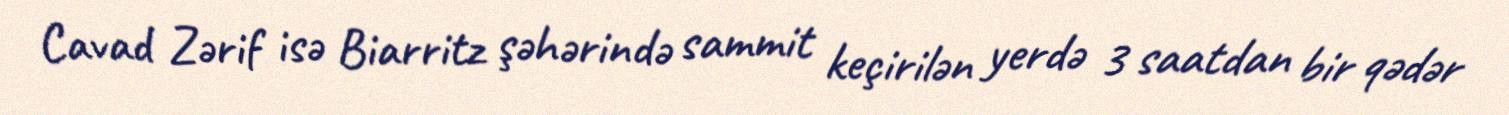
Cavad Zərif isə Biarritz şəhərində sammit keçirilən yerdə 3 saatdan bir qədər